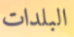
البلدات